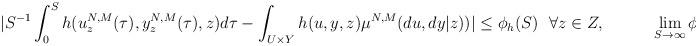
LaTeX: \begin{align*} | S^{-1}\int_0^S h(u_{z}^{N,M}(\tau),y_{z}^{N,M}(\tau),z)d\tau - \int_{U\times Y}h(u,y,z)\mu^{N,M}(du,dy|z))|\leq \phi_h(S)\ \ \forall z\in Z, \ \ \ \ \ \ \ \ \ \lim_{S\rightarrow\infty}\phi_h(S)= 0.\end{align*}